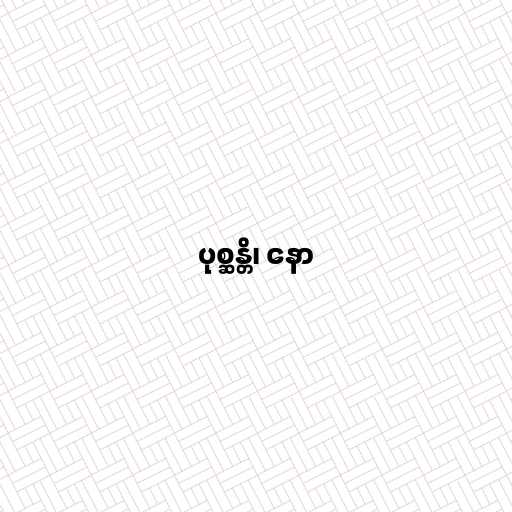
ပုစ္ဆန္တိ၊ နော